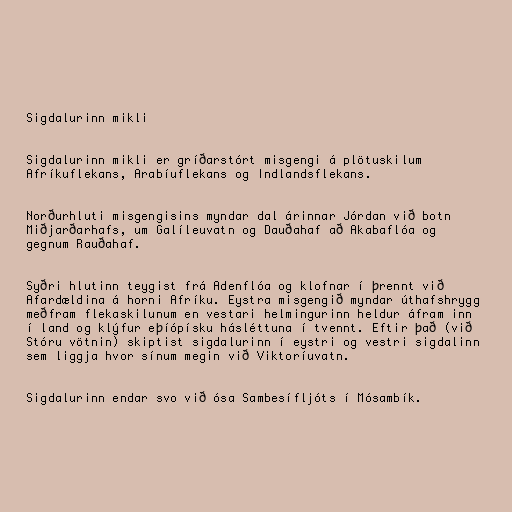
Sigdalurinn mikli

Sigdalurinn mikli er gríðarstórt misgengi á plötuskilum
Afríkuflekans, Arabíuflekans og Indlandsflekans.

Norðurhluti misgengisins myndar dal árinnar Jórdan við botn
Miðjarðarhafs, um Galíleuvatn og Dauðahaf að Akabaflóa og
gegnum Rauðahaf.

Syðri hlutinn teygist frá Adenflóa og klofnar í þrennt við
Afardældina á horni Afríku. Eystra misgengið myndar úthafshrygg
meðfram flekaskilunum en vestari helmingurinn heldur áfram inn
í land og klýfur eþíópísku hásléttuna í tvennt. Eftir það (við
Stóru vötnin) skiptist sigdalurinn í eystri og vestri sigdalinn
sem liggja hvor sínum megin við Viktoríuvatn.

Sigdalurinn endar svo við ósa Sambesífljóts í Mósambík.